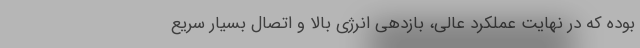
بوده که در نهایت عملکرد عالی، بازدهی انرژی بالا و اتصال بسیار سریع